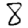
Digit: 8